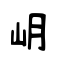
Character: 岄